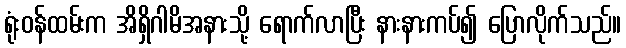
ရုံးဝန်ထမ်းက အိရှိဂါမိအနားသို့ ရောက်လာပြီး နားနားကပ်၍ ပြောလိုက်သည်။